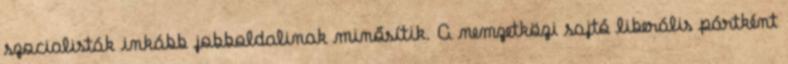
szocialisták inkább jobboldalinak minősítik. A nemzetközi sajtó liberális pártként